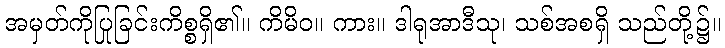
အမှတ်ကိုပြုခြင်းကိစ္စရှိ၏။ ကိမိဝ။ ကား။ ဒါရုအာဒီသု၊ သစ်အစရှိ သည်တို့၌။